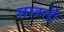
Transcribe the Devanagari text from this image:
साह्ती